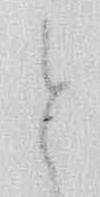
と